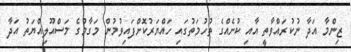
ޒިންމާ އަދާ ނުކުރައްވާތީ އާއި ކުށެއްގެ ތުހުމަތުގައި ހައްޔަރުކޮށްފައިވުމުން މަގާމުގެ މަސްއޫލިއްޔަތު އަދާ